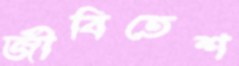
জীবিতেশ